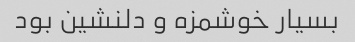
بسیار خوشمزه و دلنشین بود